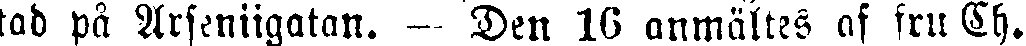
tad på Arseniigatan. — Den 16 anmältes af fru Ch.